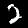
Label: 2